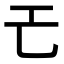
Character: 𢀒